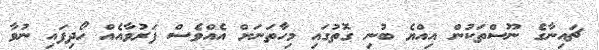
ޗައިނާގެ ނޫސްތަކުން އިއްޔެ ބުނި ގޮތުގައި މިހާތަނަށް އެއްވެސް ފަރުވާއެއް ހޯދިފައި ނުވާ